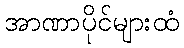
အာဏာပိုင်များထံ